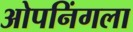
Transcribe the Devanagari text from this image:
ओपनिंगला